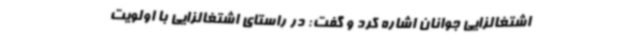
اشتغالزایی جوانان اشاره کرد و گفت: در راستای اشتغالزایی با اولویت